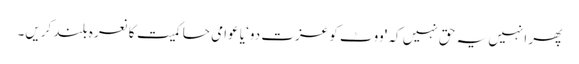
پھر انہیں یہ حق نہیں کہ 'ووٹ کو عزت دو‘ یا عوامی حاکمیت کا نعرہ بلند کریں۔